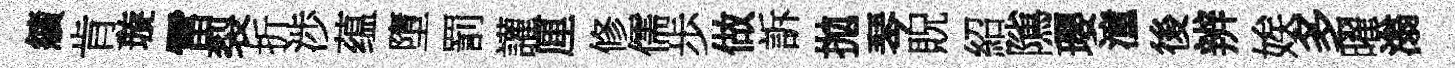
續肯璇雷裂折渉蕴墮罰讙厘修儒歩做訴拋琴貺紹隲瓔潼後辨娭多曜滃